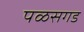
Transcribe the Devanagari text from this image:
पळसगड